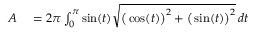
\begin{array} { r l } { A } & { { } { } = 2 \pi \int _ { 0 } ^ { \pi } \sin ( t ) { \sqrt { { \big ( } \cos ( t ) { \big ) } ^ { 2 } + { \big ( } \sin ( t ) { \big ) } ^ { 2 } } } \, d t } \end{array}